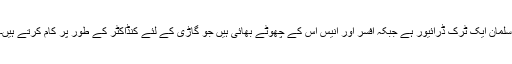
سلمان ایک ٹرک ڈرائیور ہے جبکہ افسر اور انیس اس کے چھوٹے بھائی ہیں جو گاڑی کے لئے کنڈاکٹر کے طور پر کام کرتے ہیں۔